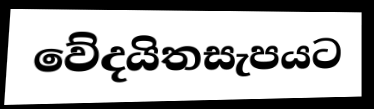
වේදයිතසැපයට